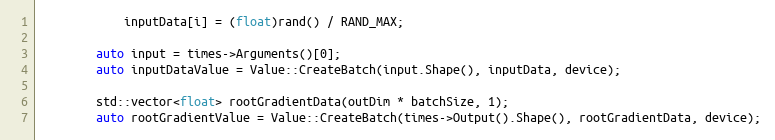
Language: C++
            inputData[i] = (float)rand() / RAND_MAX;

        auto input = times->Arguments()[0];
        auto inputDataValue = Value::CreateBatch(input.Shape(), inputData, device);

        std::vector<float> rootGradientData(outDim * batchSize, 1);
        auto rootGradientValue = Value::CreateBatch(times->Output().Shape(), rootGradientData, device);